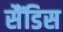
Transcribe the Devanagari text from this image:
सैंडिस